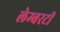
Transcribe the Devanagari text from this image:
लेम्बरटी